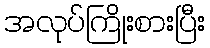
အလုပ်ကြိုးစားပြီး